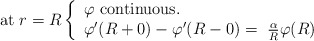
\begin{align*}{\rm at}\ r=R\left\{ \begin{array}{ll}\varphi\ {\rm continuous.}\\\varphi '(R+0) - \varphi '(R-0) =\ \frac{\alpha}{R}\varphi (R) \end{array}\right.\end{align*}